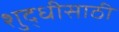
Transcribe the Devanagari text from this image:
शुद्धीसाठी